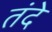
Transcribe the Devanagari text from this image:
तंदे